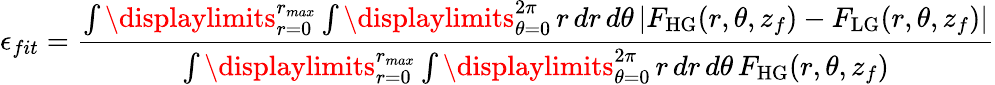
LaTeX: \epsilon_{fit}=\frac{\int\displaylimits_{r=0}^{r_{max}}\int\displaylimits_{\theta=0}^{2\pi}\mathop{r}\mathop{dr}\mathop{d\theta}\left|F_{\mathrm{HG}}(r,\theta,z_{f})-F_{\mathrm{LG}}(r,\theta,z_{f})\right|}{\int\displaylimits_{r=0}^{r_{max}}\int\displaylimits_{\theta=0}^{2\pi}\mathop{r}\mathop{dr}\mathop{d\theta}F_{\mathrm{HG}}(r,\theta,z_{f})}